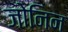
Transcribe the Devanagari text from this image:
जोनिन